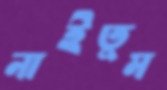
নাইতুম